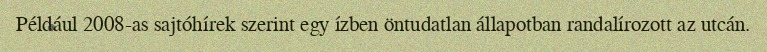
Például 2008-as sajtóhírek szerint egy ízben öntudatlan állapotban randalírozott az utcán.